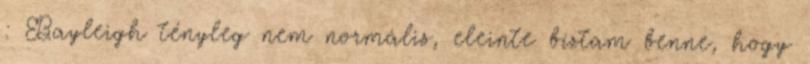
: Bayleigh tényleg nem normális, eleinte bíztam benne, hogy